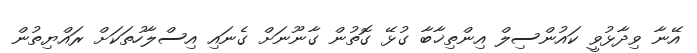
އޭނާ ވިދާޅުވީ ކައުންސިލް އިންތިޚާބާ ގުޅޭ ގޮތުން ގާނޫނަށް ގެނައި އިސްލާހުތަކަށް ރައްޔިތުން